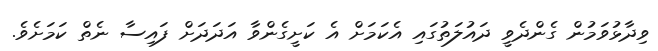
ވިދާޅުވަމުން ގެންދެވީ ދައުލަތުގައި އެކަމަށް އެ ކަށީގެންވާ އަދަދަށް ފައިސާ ނެތް ކަމަށެވެ.